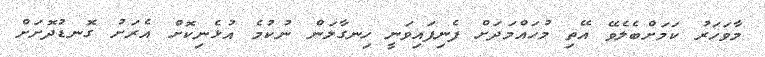
މާވަހަރު ކަމަށްބެލެވޭ އޭތި މުހައްމަދަށް ފެނިފައިވަނީ ހިނގާލަން ނުކުމެ އުޅެނިކޮށް އެރަށު ގޮނޑުދޮށަށް